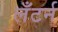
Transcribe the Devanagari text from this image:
लँटर्न